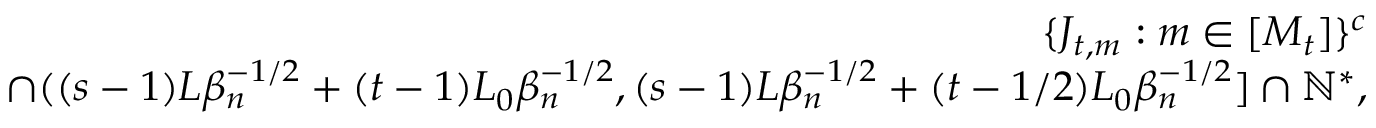
\begin{array} { r l r } & { } & { \{ J _ { t , m } : m \in [ M _ { t } ] \} ^ { c } } \\ & { } & { \cap ( ( s - 1 ) L \beta _ { n } ^ { - 1 \slash 2 } + ( t - 1 ) L _ { 0 } \beta _ { n } ^ { - 1 \slash 2 } , ( s - 1 ) L \beta _ { n } ^ { - 1 \slash 2 } + ( t - 1 \slash 2 ) L _ { 0 } \beta _ { n } ^ { - 1 \slash 2 } ] \cap \mathbb { N } ^ { * } , } \end{array}